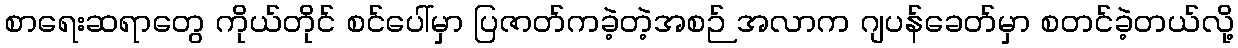
စာရေးဆရာတွေ ကိုယ်တိုင် စင်ပေါ်မှာ ပြဇာတ်ကခဲ့တဲ့အစဉ် အလာက ဂျပန်ခေတ်မှာ စတင်ခဲ့တယ်လို့